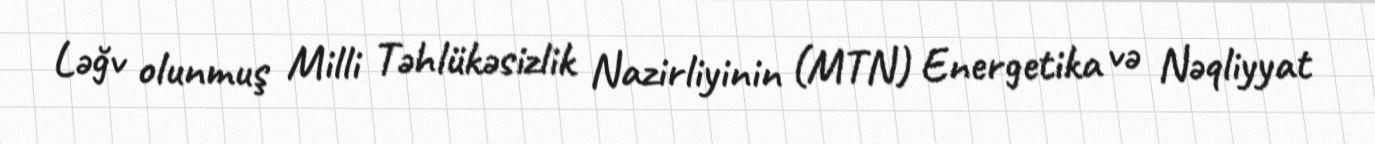
Ləğv olunmuş Milli Təhlükəsizlik Nazirliyinin (MTN) Energetika və Nəqliyyat